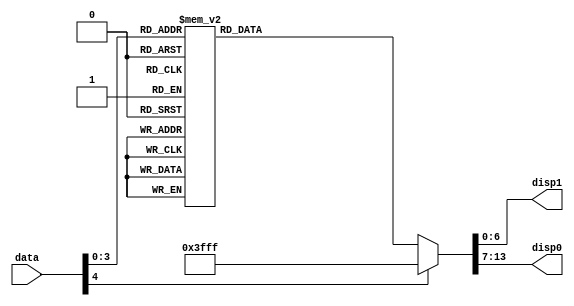
module display (data, disp1, disp0);
    input [4:0] data;
    output [6:0] disp1;
    output [6:0] disp0;

    reg [6:0]disp0reg;
    reg [6:0]disp1reg;
    parameter [6:0]zero =  7'b0000001; // "0"
    parameter [6:0]one =   7'b1001111; // "1"
    parameter [6:0]two =   7'b0010010; // "2"
    parameter [6:0]three = 7'b0000110; // "3"
    parameter [6:0]four =  7'b1001100; // "4"
    parameter [6:0]five =  7'b0100100; // "5"
    parameter [6:0]six =   7'b0100000; // "6"
    parameter [6:0]seven = 7'b0001111; // "7"
    parameter [6:0]eight = 7'b0000000; // "8"
    parameter [6:0]nine =  7'b0000100; // "9"
    parameter [6:0]clr =   7'b1111111; // Clean display

    always @ (*) begin
        $display("Trying to display: %d", data);
        $display("%d %d %d %d %d\n", data[4], data[3], data[2], data[1], data[0]);
        case(data)
            5'b00000: begin
                disp1reg <= clr;
                disp0reg <= zero;
            end
            5'b00001: begin
                disp1reg <= clr;
                disp0reg <= one;
            end
            5'b00010: begin
                disp1reg <= clr;
                disp0reg <= two;
            end
            5'b00011: begin
                disp1reg <= clr;
                disp0reg <= three;
            end
            5'b00100: begin
                disp1reg <= clr;
                disp0reg <= four;
            end
            5'b00101: begin
                disp1reg <= clr;
                disp0reg <= five;
            end
            5'b00110: begin
                disp1reg <= clr;
                disp0reg <= six;
            end
            5'b00111: begin
                disp1reg <= clr;
                disp0reg <= seven;
            end
            5'b01000: begin
                disp1reg <= clr;
                disp0reg <= eight;
            end
            5'b01001: begin
                disp1reg <= clr;
                disp0reg <= nine;
            end
            5'b01010: begin
                disp1reg <= one;
                disp0reg <= zero;
            end
            5'b01011: begin
                disp1reg <= one;
                disp0reg <= one;
            end
            5'b01100: begin
                disp1reg <= one;
                disp0reg <= two;
            end
            5'b01101: begin
                disp1reg <= one;
                disp0reg <= three;
            end
            5'b01110: begin
                disp1reg <= one;
                disp0reg <= four;
            end
            5'b01111: begin
                disp1reg <= one;
                disp0reg <= five;
            end
            default: begin
                disp1reg <= clr;
                disp0reg <= clr;
            end
        endcase
    end

    assign disp1 = disp1reg;
    assign disp0 = disp0reg;
endmodule